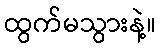
ထွက်မသွားနဲ့။